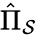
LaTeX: \hat{\Pi}_{\mathcal{S}}